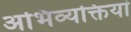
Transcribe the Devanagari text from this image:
अभिव्‍यक्तियां